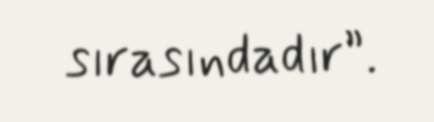
sırasındadır”.